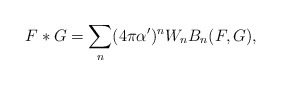
\begin{align*}F*G = \sum_n (4 \pi \alpha ')^n W_n B_n(F,G),\end{align*}